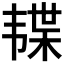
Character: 𱂊